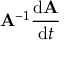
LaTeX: \mathbf { A } ^ { - 1 } { \frac { \mathrm { d } \mathbf { A } } { \mathrm { d } t } }